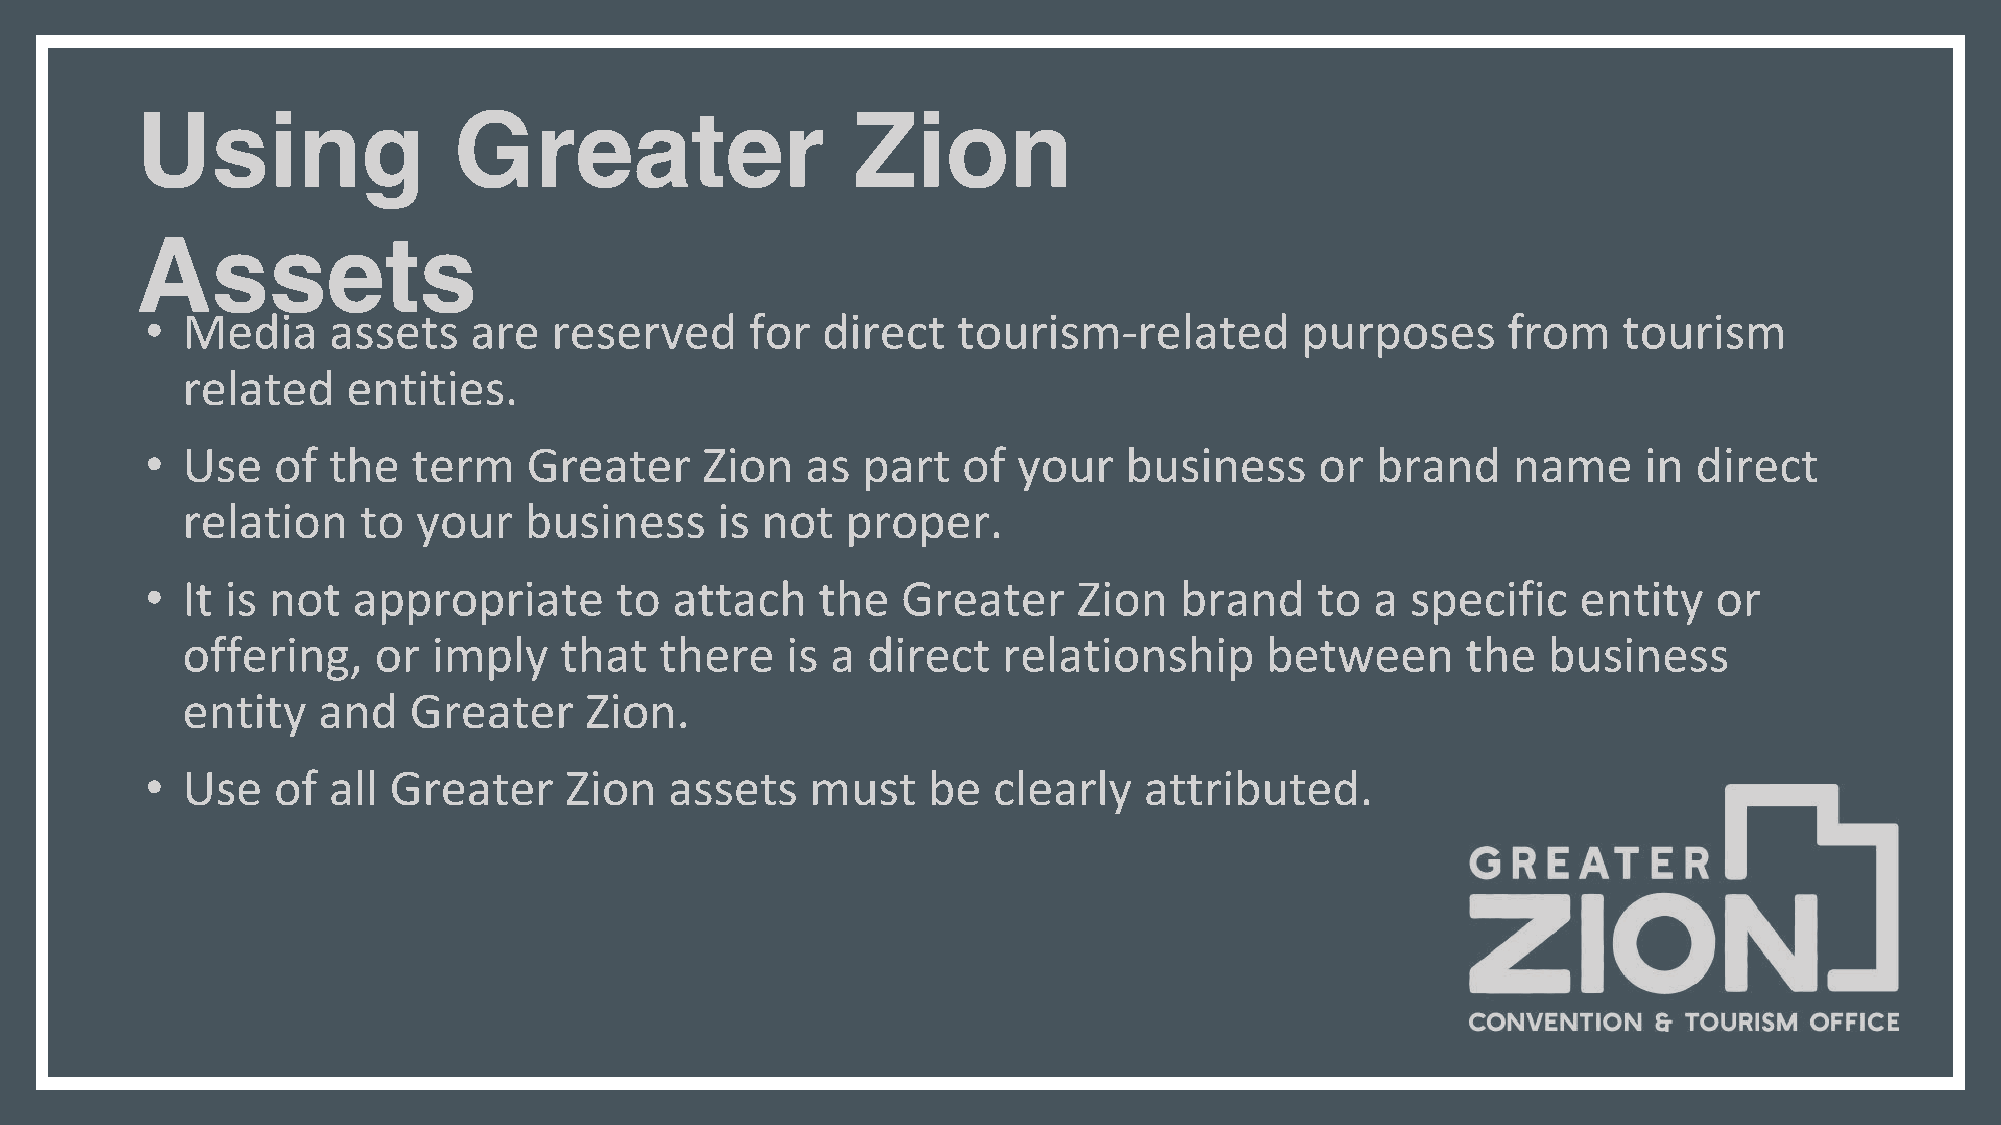
Using                Greater                   Zion
 Assets
 • Media     assets   are  reserved      for direct   tourism-related        purposes      from   tourism
 related    entities.
 • Use   of  the  term    Greater    Zion   as  part   of your   business     or  brand    name     in direct
 relation    to  your   business    is not   proper.
 • It is not  appropriate       to attach    the   Greater    Zion   brand    to  a specific    entity   or
 offering,    or  imply   that   there   is a direct   relationship      between      the  business
 entity   and   Greater     Zion.
 • Use   of  all Greater    Zion   assets    must   be   clearly   attributed.